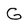
Character: G